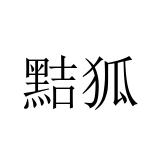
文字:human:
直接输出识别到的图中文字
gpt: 黠狐